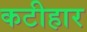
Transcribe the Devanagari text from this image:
कटीहार